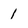
Character: l